Civil Veterinary Dept. Bombay admin report 1893-99 - 1893-1899
Year: 1893
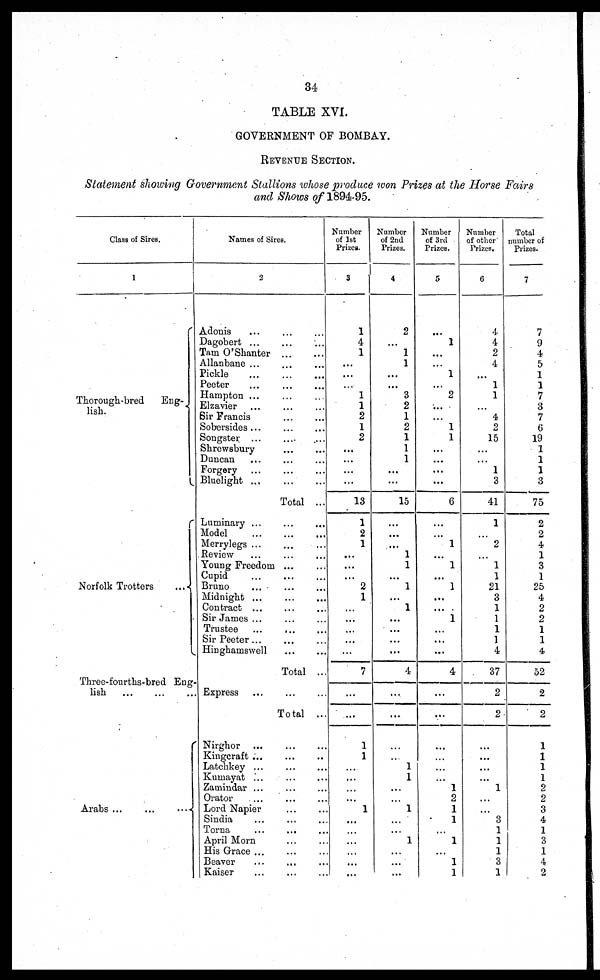
34
TABLE XVI.
GOVERNMENT OF BOMBAY.
REVENUE SECTION
Statement showing Government Stallions whose produce won Prizes at the Horse Fairs
and Shows of 1894-95.
Class of Sires.
1
Thorough-bred
Eng-
lish.
Norfolk Trotters
Three-fourths-bred Eng-
lish
...
...
Arabs ...
...
...
Names of Sires.
2
Adonis
...
...
...
Dagobert ... ... ...
Tarn O'Shanter
...
...
Allanbane ... ... ...
Pickle
...
...
Peeter
...
...
...
Hampton ... ... ...
Elzavier ... ... ...
Sir Francis
...
...
Sobersides ... ... ...
Songster ... ... ...
Shrewsbury ... ... ...
Duncan ... ... ...
Forgery ... ... ...
Bluelight ... ... ...
Total ...
Luminary ...
Model
...
...
Merrylegs ... ... ...
Review ... ... ...
Young Freedom ...
Cupid
...
...
Bruno ... ... ...
Midnight ... ... ...
Contract ... ... ...
Sir James ... ... ...
Trustee
...
...
...
Sir Peeter ... ... ...
Hinghamswell
...
...
Total ...
Express ... ... ...
Total ...
Nirghor
Kingcraft ...
Latchkey ...
Kumayat ...
... ...
Zamindar ... ... ...
Orator
Lord Napier
Sindia ... ... ...
Torna
...
... ...
April Morn
His Grace
Beaver
Kaiser
Number
of 1st
Prizes.
3
1
4
1
...
...
...
1
1
2
1
2
...
...
...
...
13
1
2
1
...
...
...
2
1
...
...
...
...
...
7
...
...
1
1
..
...
...
...
1
...
...
...
...
...
...
Number
of 2nd
Prizes.
4
2
...
1
1
...
...
3
2
1
2
1
1
1
...
...
15
...
...
...
1
1
...
1
...
1
...
...
...
...
4
...
...
...
...
1
1
...
...
1
...
...
1
...
...
...
Number
of 3rd
Prizes.
5
...
1
...
...
1
...
2
...
...
1
1
...
...
...
...
6
...
...
1
...
1
...
1
...
...
1
...
...
...
4
...
...
...
...
...
...
1
2
1
1
...
1
...
1
1
Number
of other
Prizes.
6
4
4
2
4
...
1
1
...
4
2
15
...
...
1
3
41
1
...
2
...
1
1
21
3
1
1
1
1
4
37
2
2
...
...
...
...
1
...
...
3
1
1
1
3
1
Total
number of
Prizes.
7
7
9
4
5
1
1
7
3
7
6
19
1
1
1
3
75
2
2
4
1
3
1
25
4
2
2
1
1
4
52
2
2
1
1
1
1
2
2
3
4
1
3
1
4
2